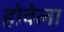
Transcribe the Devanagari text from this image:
होवेला